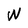
Character: W